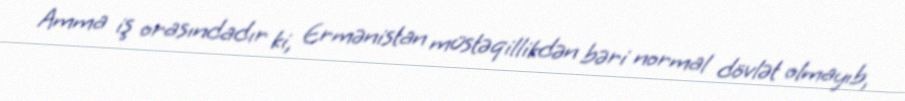
Amma iş orasındadır ki, Ermənistan müstəqillikdən bəri normal dövlət olmayıb,